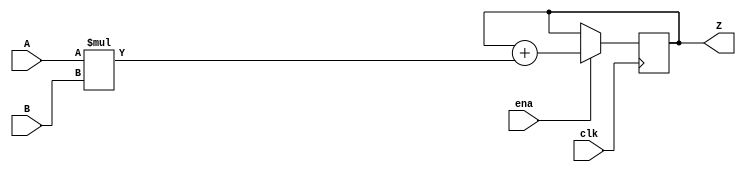
module macc_simple_ena (
    input  wire        clk,
    input  wire        ena,
    input  wire [ 7:0] A,
    input  wire [ 7:0] B,
    output reg  [15:0] Z
);
    always @(posedge clk)
        if (ena) Z <= Z + (A * B);
endmodule